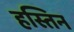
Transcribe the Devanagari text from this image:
हस्तिन